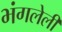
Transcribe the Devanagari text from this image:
भंगलेली